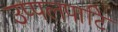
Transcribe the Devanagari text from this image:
उप्पलपाटि